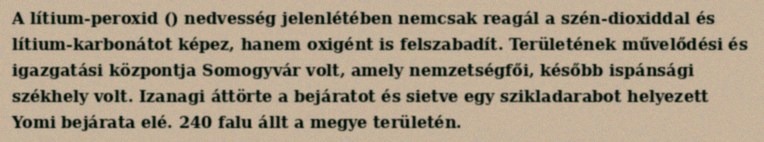
A lítium-peroxid () nedvesség jelenlétében nemcsak reagál a szén-dioxiddal és lítium-karbonátot képez, hanem oxigént is felszabadít. Területének művelődési és igazgatási központja Somogyvár volt, amely nemzetségfői, később ispánsági székhely volt. Izanagi áttörte a bejáratot és sietve egy szikladarabot helyezett Yomi bejárata elé. 240 falu állt a megye területén.